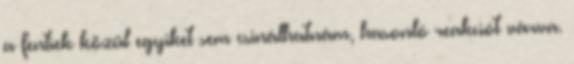
a fentiek közül egyiket sem csinálhatnám, hasonló reakciót várva.